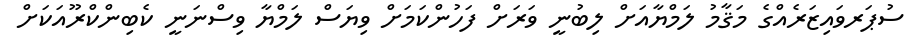
ސުޕަރވައިޒަރެއްގެ މަޤާމު ލަމްޔާއަށް ލިބުނީ ވަރަށް ފަހުންކަމަށް ވިޔަސް ލަމްޔާ ވިސްނަނީ ކެބިންކްރޫއަކަށް